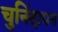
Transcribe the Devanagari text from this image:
चुनिंदापन